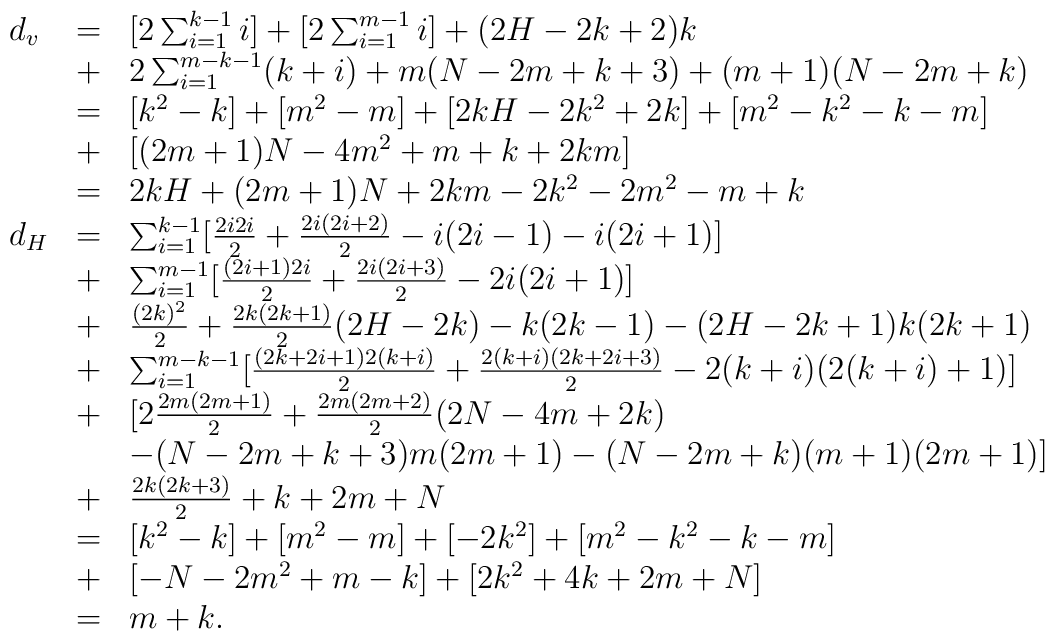
\begin{array}{lll}d_v & = & [2\sum_{i=1}^{k-1} i] +[2\sum_{i=1}^{m-1} i]+(2H-2k+2)k \\& + & 2\sum_{i=1}^{m-k-1} (k+i)+m(N-2m+k+3)+(m+1)(N-2m+k)  \\& = & [k^2-k]+[m^2-m]+[2kH-2k^2+2k]+[m^2-k^2-k-m] \\& + & [(2m+1)N-4m^2+m+k+2km] \\& = & 2kH+(2m+1)N+2km-2k^2-2m^2-m+k  \\d_H & = & \sum_{i=1}^{k-1} [ \frac{2i2i}{2}+\frac{2i(2i+2)}{2}-i(2i-1)-i(2i+1)] \\& + & \sum_{i=1}^{m-1} [\frac{(2i+1)2i}{2}+\frac{2i(2i+3)}{2}-2i(2i+1)]\\& + & \frac{(2k)^2}{2}+\frac{2k(2k+1)}{2}(2H-2k)-k(2k-1)-(2H-2k+1)k(2k+1) \\& + & \sum_{i=1}^{m-k-1}[\frac{(2k+2i+1)2(k+i)}{2}+\frac{2(k+i)(2k+2i+3)}{2}-2(k+i)(2(k+i)+1)]\\& + &[ 2\frac{2m(2m+1)}{2}+\frac{2m(2m+2)}{2}(2N-4m+2k)\\& & -(N-2m+k+3)m(2m+1)-(N-2m+k)(m+1)(2m+1) ] \\& + & \frac{2k(2k+3)}{2}+k+2m+N  \\& = & [k^2-k]+[m^2-m]+[-2k^2]+[m^2-k^2-k-m]\\& + & [-N-2m^2+m-k]+[2k^2+4k+2m+N]\\& = & m+k.  \\\end{array}